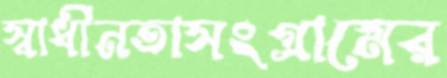
স্বাধীনতাসংগ্রামের